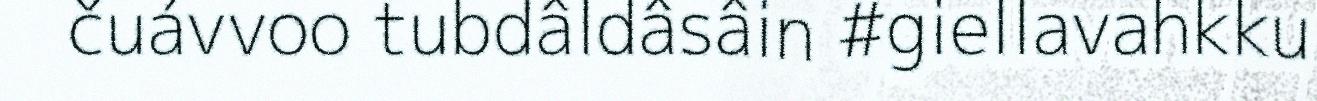
čuávvoo tubdâldâsâin #giellavahkku